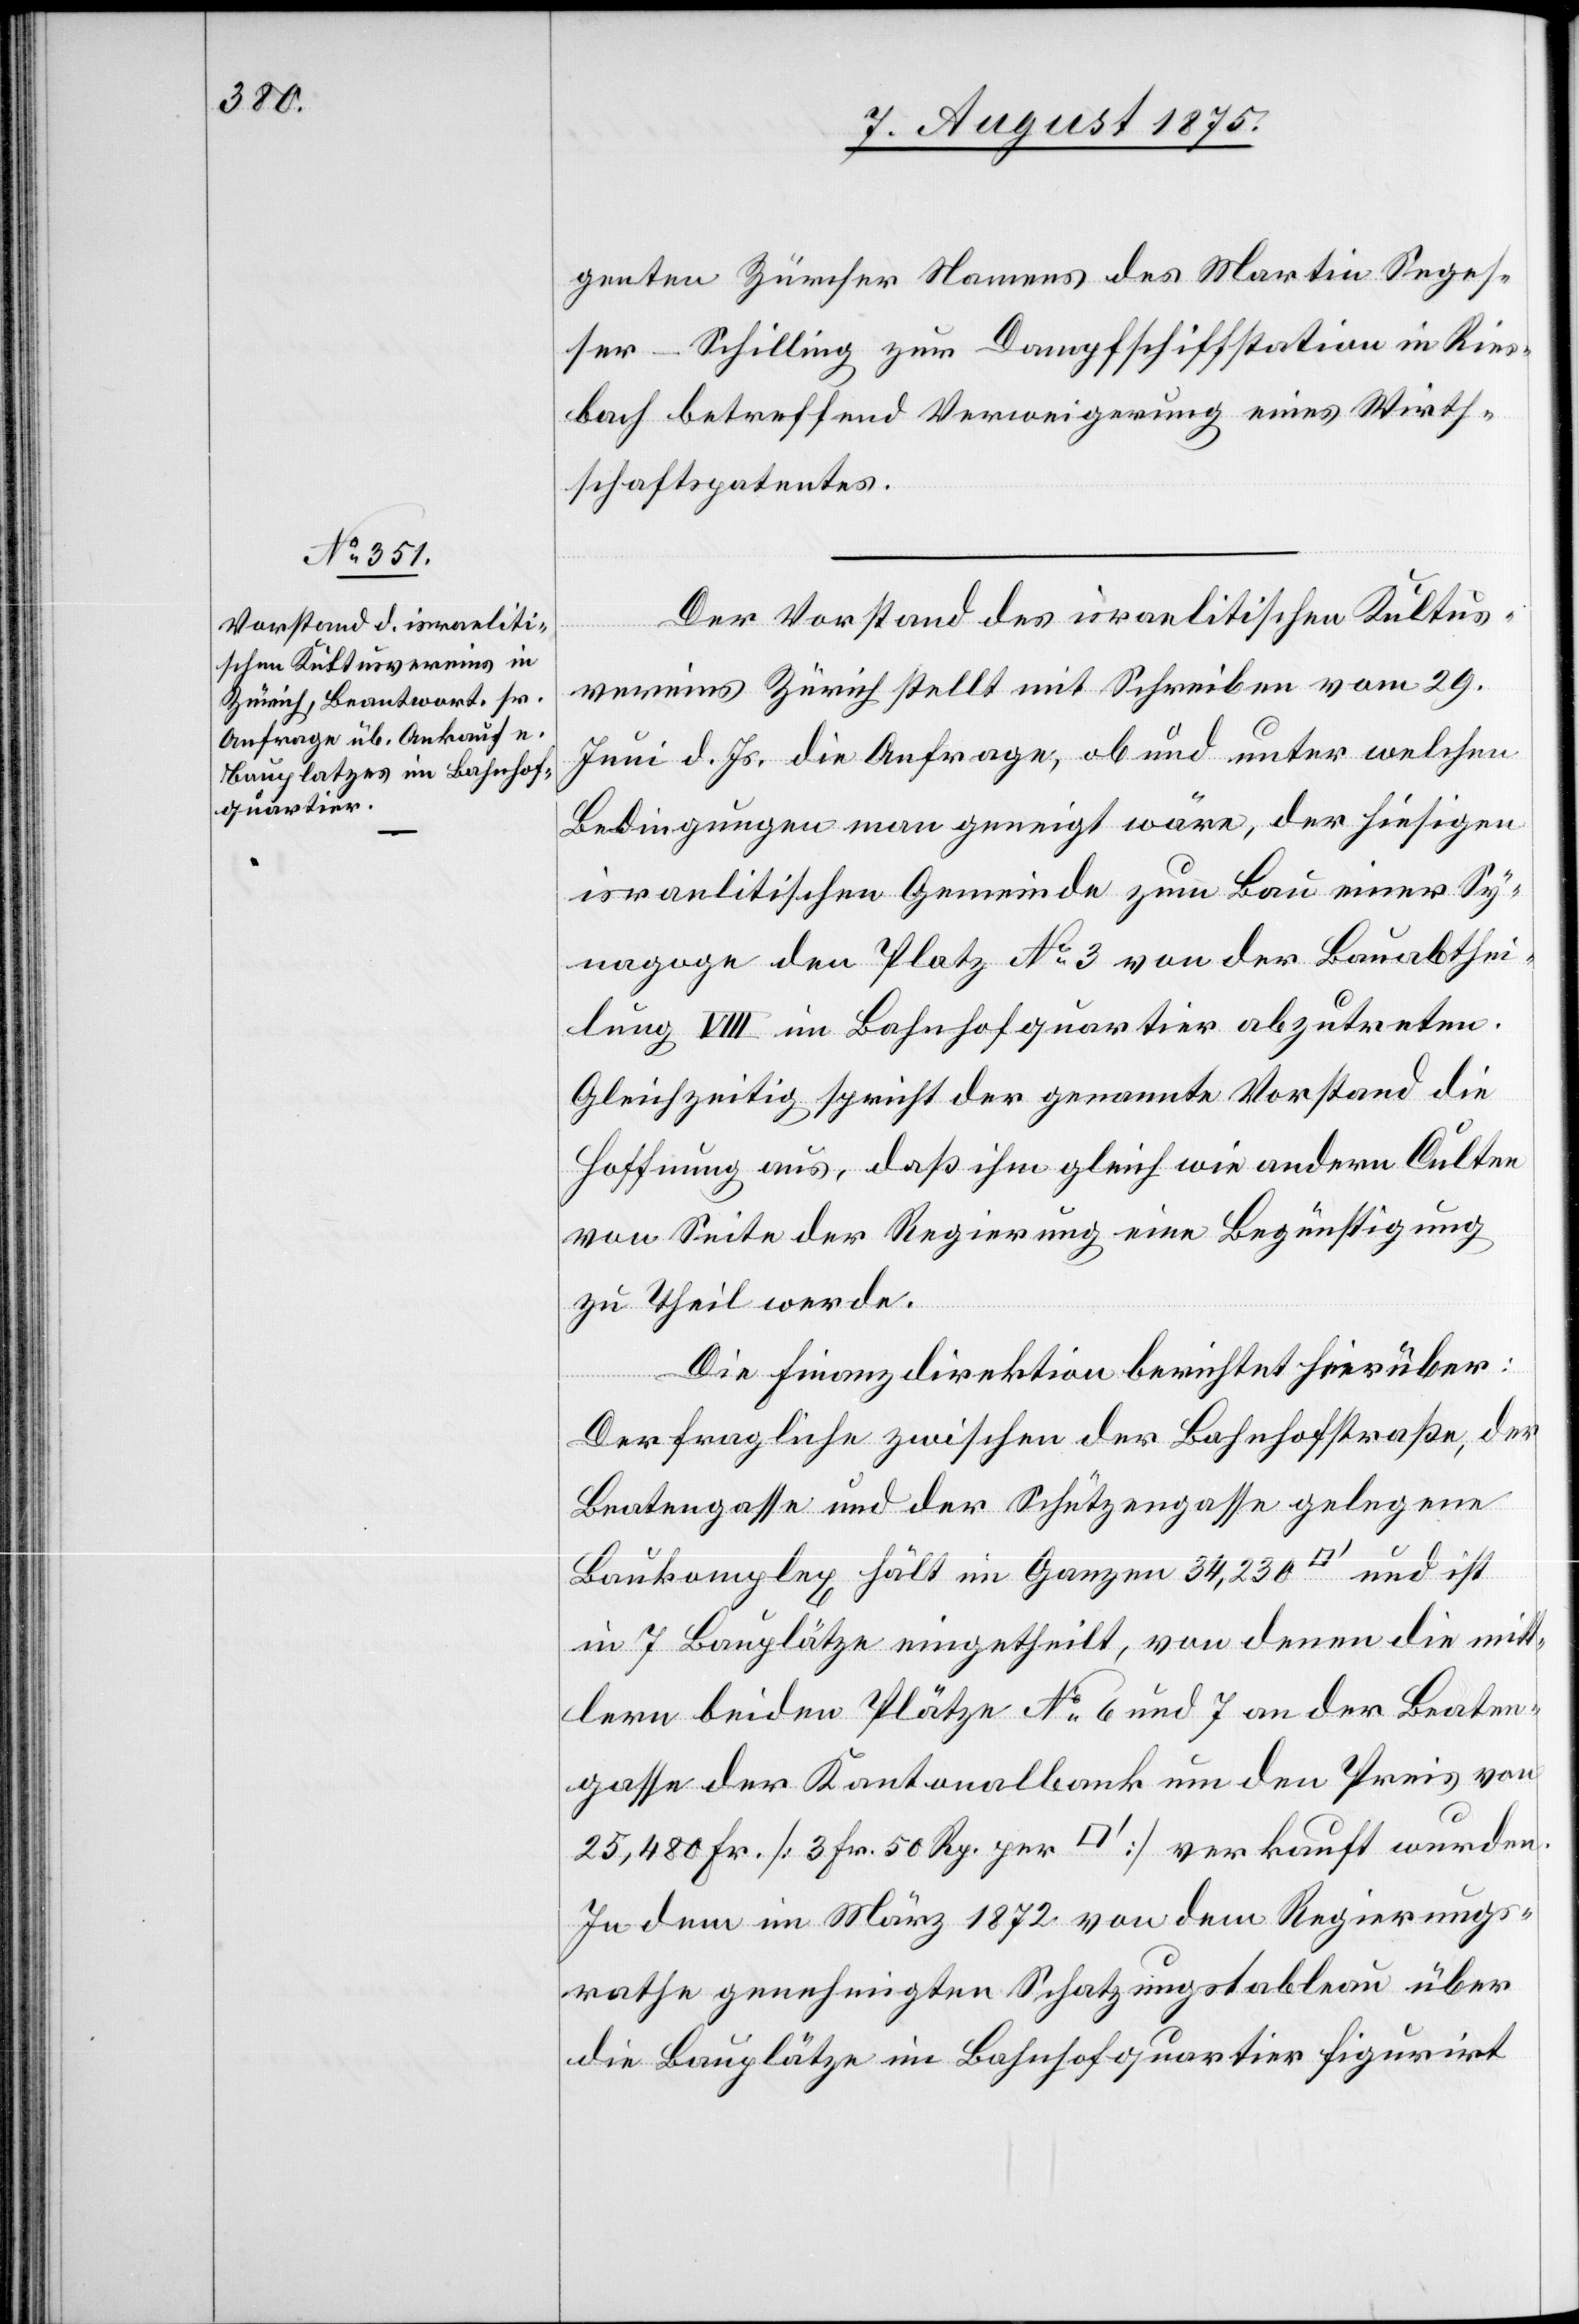
genten Zürcher Namens des Martin Seges¬
ser-Schilling zur Dampfschiffstation in Ries¬
bach betreffend Verweigerung eines Wirth¬
schaftspatentes.
Der Vorstand des israelitischen Kultus¬
vereins Zürich stellt mit Schreiben vom 29.
Juni d. Js. die Anfrage, ob und unter welchen
Bedingungen man geneigt wäre, der hiesigen
israelitischen Gemeinde zum Bau einer Sy¬
nagoge den Platz No. 3 von der Bauabthei¬
lung VIII im Bahnhofquartier abzutreten.
Gleichzeitig spricht der genannte Vorstand die
Hoffnung aus, daß ihm gleich wie andere Culten
von Seite der Regierung eine Begünstigung
zu Theil werde.
Die Finanzdirektion berichtet hierüber:
Der fragliche zwischen der Bahnhofstraße, der
Beatengasse und der Schützengasse gelegene
Baukomplex hält im Ganzen 34,230 [Quadratfuß] und ist
in 7 Bauplätze eingetheilt, von denen die mitt¬
lern beiden Plätze No 6 und 7 an der Beaten¬
gasse der Kantonalbank um den Preis von
25,480 Fr. [3 Fr. 50 Rp. per [Quadratfuß]] verkauft wurden.
in dem im März 1872 von dem Regierungs¬
rathe genehmigten Schatzungstableau über
die Bauplätze im Bahnhofquartier figurirt